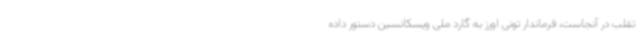
تقلب در آنجاست، فرماندار تونی اورز به گارد ملی ویسکانسین دستور داده